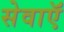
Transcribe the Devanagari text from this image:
सेवाऍं